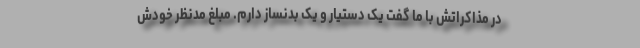
در مذاکراتش با ما گفت یک دستیار و یک بدنساز دارم. مبلغ مدنظر خودش